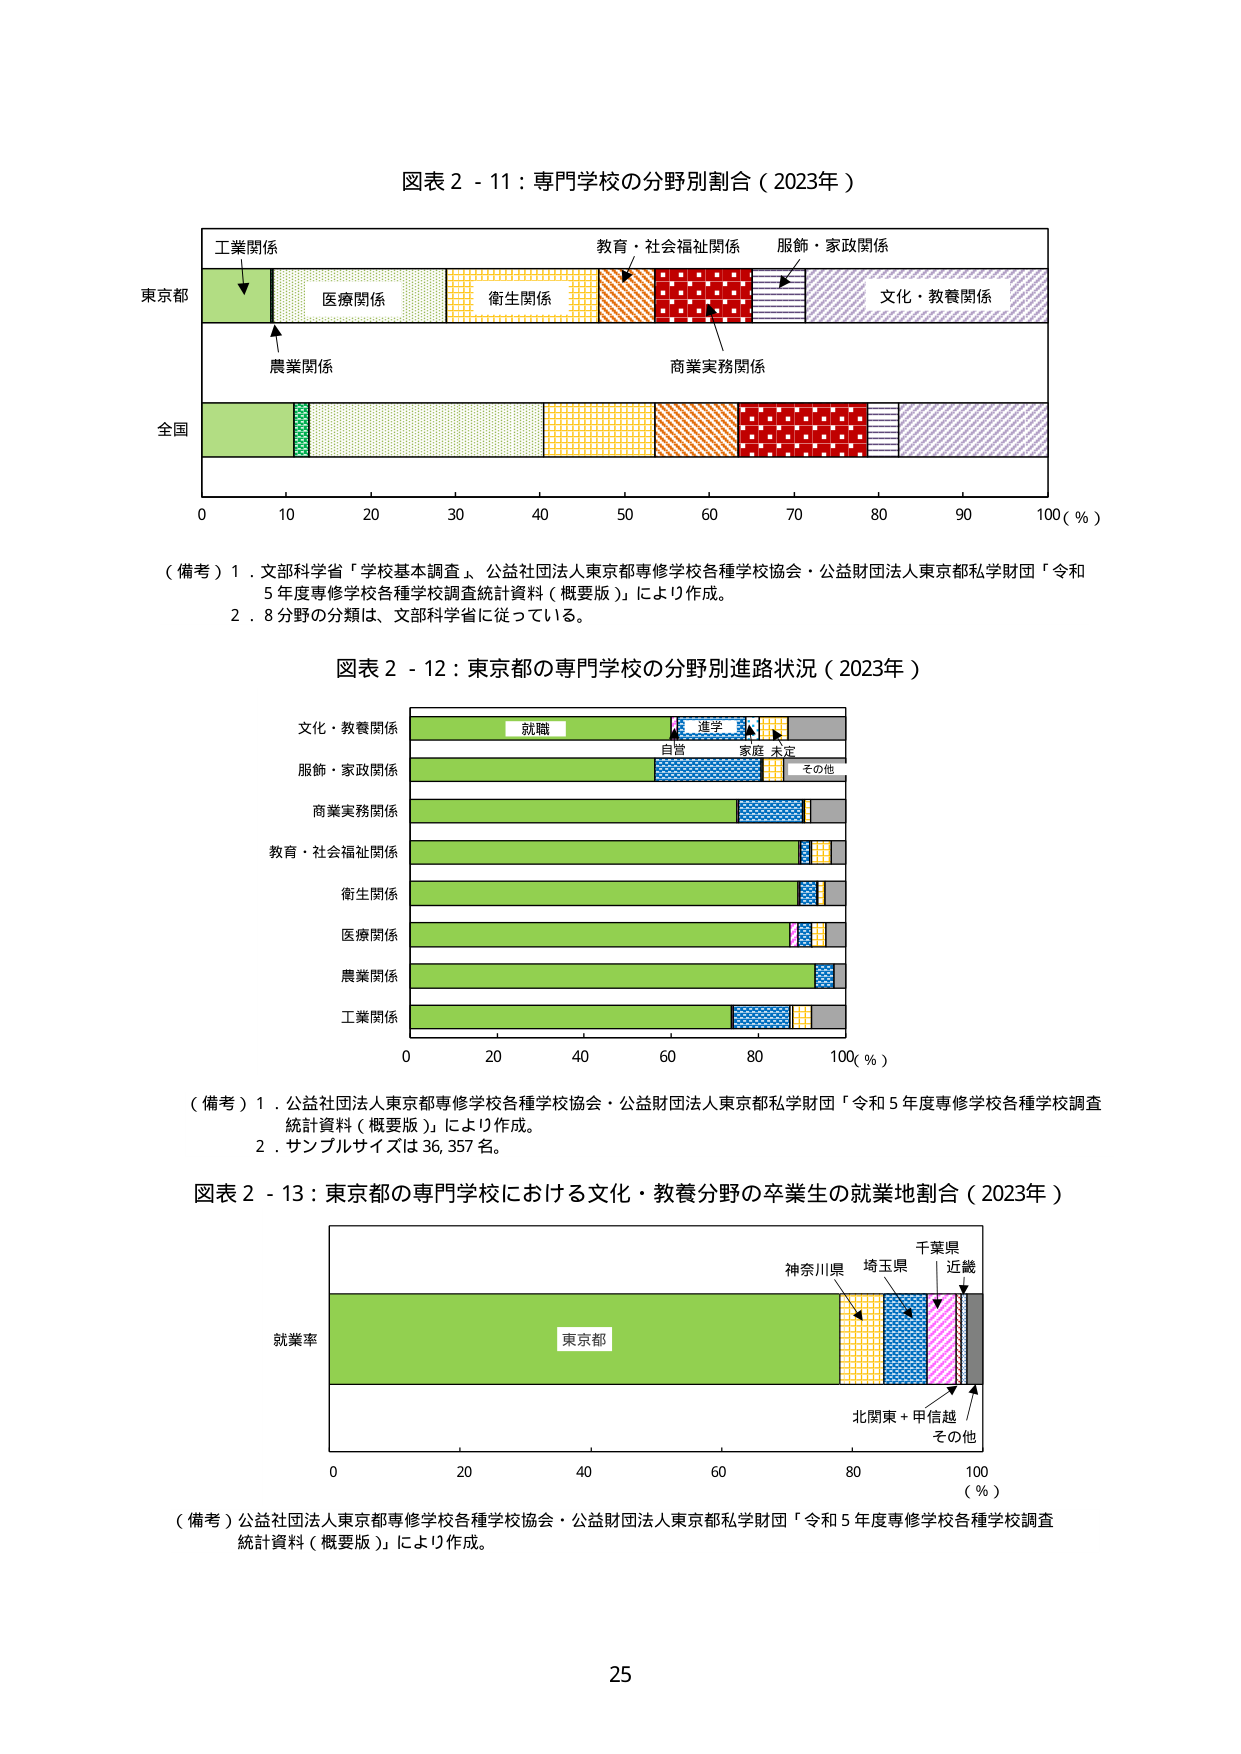
図表２－１１：専門学校の分野別割合（2023年）

工業関係
教育・社会福祉関係
服飾・家政関係
東京都
医療関係
衛生関係
文化・教養関係
農業関係
商業実務関係
全国
0 10 20 30 40 50 60 70 80 90 100（％）

（備考）１．文部科学省「学校基本調査」、公益社団法人東京都専修学校各種学校協会・公益財団法人東京都私学財団「令和5年度専修学校各種学校調査統計資料（概要版）」により作成。
　　　２．8分野の分類は、文部科学省に従っている。

図表２－１２：東京都の専門学校の分野別進路状況（2023年）

文化・教養関係
就職 進学 自営 家庭 未定 その他
服飾・家政関係
商業実務関係
教育・社会福祉関係
衛生関係
医療関係
農業関係
工業関係
0 20 40 60 80 100（％）

（備考）１．公益社団法人東京都専修学校各種学校協会・公益財団法人東京都私学財団「令和5年度専修学校各種学校調査統計資料（概要版）」により作成。
　　　２．サンプルサイズは36,357名。

図表２－１３：東京都の専門学校における文化・教養分野の卒業生の就業地割合（2023年）

就業率
東京都
神奈川県
埼玉県
千葉県
近畿
北関東＋甲信越
その他
0 20 40 60 80 100（％）

（備考）公益社団法人東京都専修学校各種学校協会・公益財団法人東京都私学財団「令和5年度専修学校各種学校調査統計資料（概要版）」により作成。

25